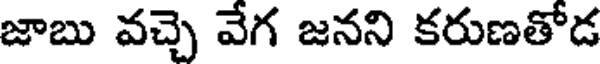
జాబు వచ్చె వేగ జనని కరుణతోడ